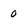
Character: 0